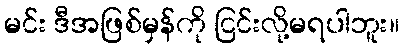
မင်း ဒီအဖြစ်မှန်ကို ငြင်းလို့မရပါဘူး။